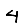
Digit: 4